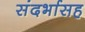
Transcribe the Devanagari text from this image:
संदर्भासह